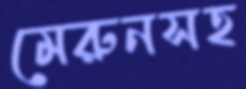
মেরুনসহ